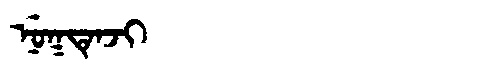
Manchu: ᠨᡠᡴᡨᡝᠨᠵᡳ
Romanization: NUKTENJI